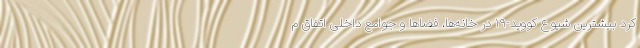
کرد بیشترین شیوع کووید-۱۹ در خانه‌ها، فضاها و جوامع داخلی اتفاق م